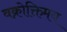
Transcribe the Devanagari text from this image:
वक्रोक्तिमय